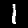
Label: 1